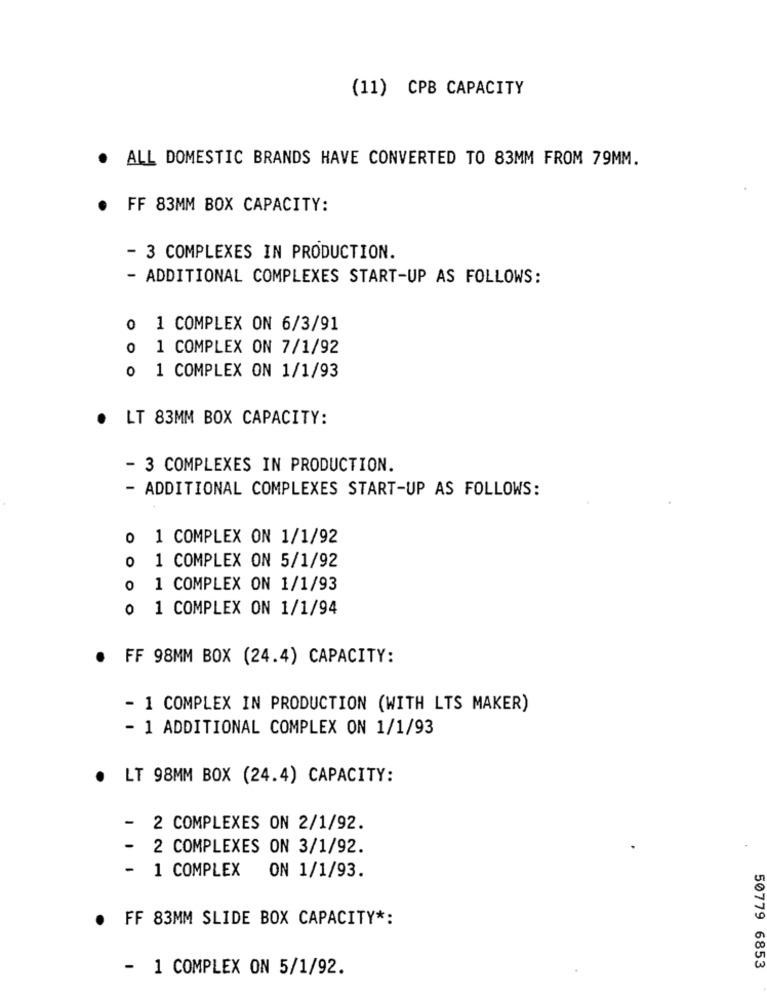
(11) CPB CAPACITY
. ALL DOMESTIC BRANDS HAVE CONVERTED TO 83MM FROM 79MM.
.
FF 83MM BOX CAPACITY:
- 3 COMPLEXES IN PRODUCTION.
- ADDITIONAL COMPLEXES START-UP AS FOLLOWS:
0 1 COMPLEX ON 6/3/91
0 1 COMPLEX ON 7/1/92
0 1 COMPLEX ON 1/1/93
.
LT 83MM BOX CAPACITY:
- 3 COMPLEXES IN PRODUCTION.
- ADDITIONAL COMPLEXES START-UP AS FOLLOWS:
0 1 COMPLEX ON 1/1/92
0 1 COMPLEX ON 5/1/92
0 1 COMPLEX ON 1/1/93
0 1 COMPLEX ON 1/1/94
.
FF 98MM BOX (24.4) CAPACITY:
- 1 COMPLEX IN PRODUCTION (WITH LTS MAKER)
- 1 ADDITIONAL COMPLEX ON 1/1/93
. LT 98MM BOX (24.4) CAPACITY:
- 2 COMPLEXES ON 2/1/92.
-
2 COMPLEXES ON 3/1/92.
- 1 COMPLEX
ON 1/1/93.
. FF 83MM SLIDE BOX CAPACITY *:
- 1 COMPLEX ON 5/1/92.
50779 6853